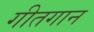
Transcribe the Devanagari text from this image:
गीतगान